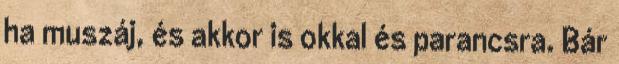
ha muszáj, és akkor is okkal és parancsra. Bár